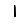
Digit: 1